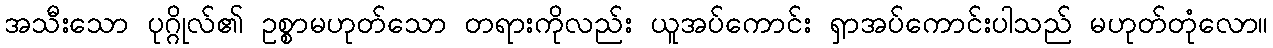
အသီးသော ပုဂ္ဂိုလ်၏ ဥစ္စာမဟုတ်သော တရားကိုလည်း ယူအပ်ကောင်း ရှာအပ်ကောင်းပါသည် မဟုတ်တုံလော။